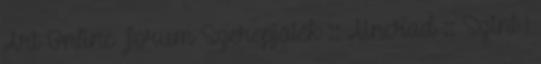
Art Online Fórum Szerepjáték :: Aincrad :: Szint 1